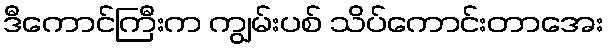
ဒီကောင်ကြီးက ကျွမ်းပစ် သိပ်ကောင်းတာအေး